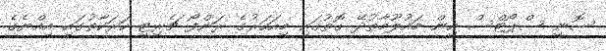
ސޮނީ ސްޕޯޓްސް އިން މައުލޫމާތުދޭ ގޮތުގައި މިއަހަރުގެ ރަންފޯ ޗެރިޓީ ހަރަކާތުގައި އިއްޔެގެ